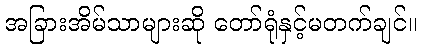
အခြားအိမ်သာများဆို တော်ရုံနှင့်မတက်ချင်။